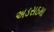
અડસઠમા